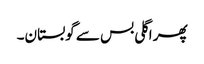
پھر اگلی بس سے گوبستان۔